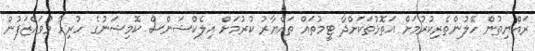
ރައްޔިތުން ހޭލުންތެރިކުރުމަށް އަތޮޅުތަކަށްދާ ޓީމުތައް ތައްޔާރު ކުރުމަށް އިލެކްޝަންސް ކޮމިޝަނުގެ ހުރިހާ މުވައްޒަފުން